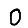
Digit: 0